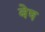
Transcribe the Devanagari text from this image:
बेष